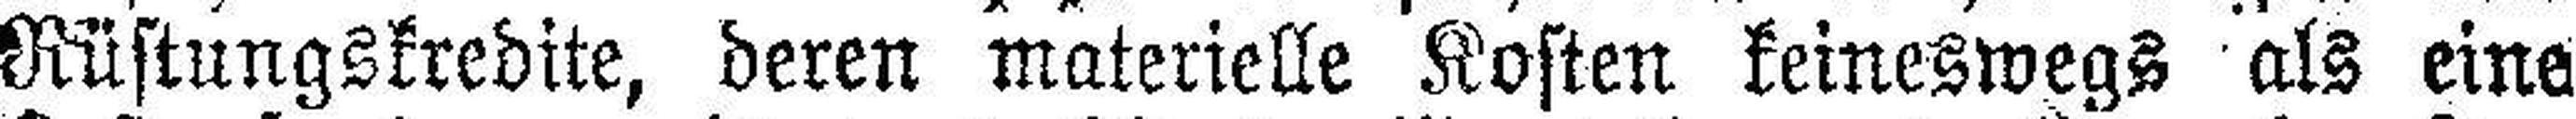
Rüstungskredite, deren materielle Kosten keineswegs als eine